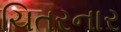
ચિતરનાર